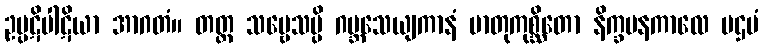
ဥပ္ပဋိပါဋိယာ အာဂတံ။ တတ္ထ သဗ္ဗေသမ္ပိ ဂဗ္ဘသေယျကာနံ မာတုကုစ္ဆိတော နိက္ခမနကာလေ ပဌမံ